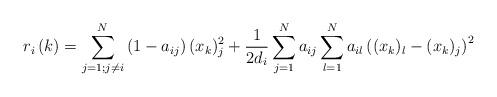
LaTeX: \begin{align*}r_{i}\left( k\right) =\sum_{j=1;j\neq i}^{N}\left( 1-a_{ij}\right)(x_{k})_{j}^{2}+\frac{1}{2d_{i}}\sum_{j=1}^{N}a_{ij}\sum_{l=1}^{N}a_{il}\left( (x_{k})_{l}-(x_{k})_{j}\right) ^{2} \end{align*}